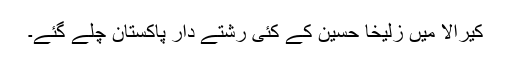
کیرالا میں زُلیخا حُسین کے کئی رشتے دار پاکستان چلے گئے۔